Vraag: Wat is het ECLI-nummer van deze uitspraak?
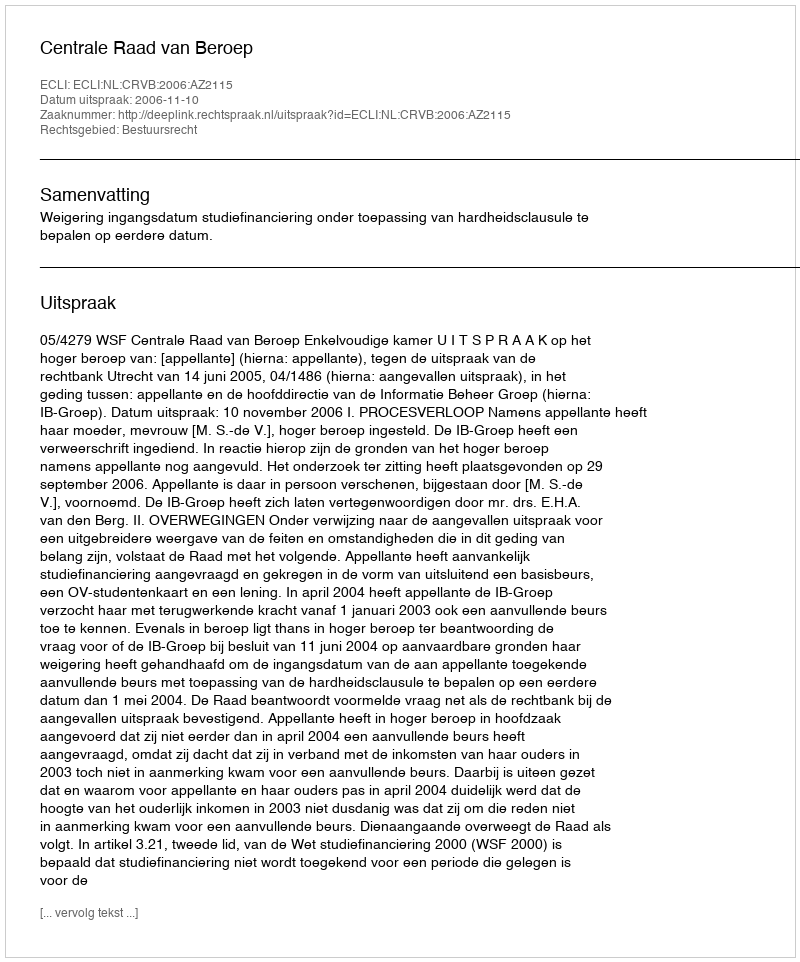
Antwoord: ECLI:NL:CRVB:2006:AZ2115